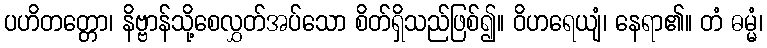
ပဟိတတ္တော၊ နိဗ္ဗာန်သို့စေလွှတ်အပ်သော စိတ်ရှိသည်ဖြစ်၍။ ဝိဟရေယျံ၊ နေရာ၏။ တံ ဓမ္မံ၊